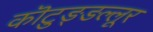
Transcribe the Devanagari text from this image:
कॊटुङ्ङल्लूर